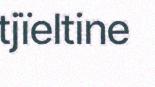
tjïeltine